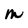
Character: M